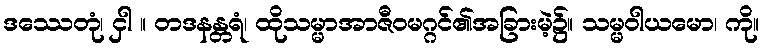
ဒဿေတုံ၊ ငှါ ။ တဒနန္တရံ၊ ထိုသမ္မာအာဇီဝမဂ္ဂင်၏အခြားမဲ့၌။ သမ္မဝါယမော၊ ကို။